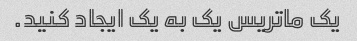
یک ماتریس یک به یک ایجاد کنید.